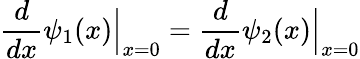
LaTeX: {\frac{d}{dx}}\psi_{1}(x){\Big|}_{x=0}={\frac{d}{dx}}\psi_{2}(x){\Big|}_{x=0}